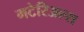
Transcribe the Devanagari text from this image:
मटेरिअल्स